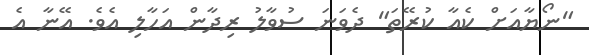
"ނޯޔާއަށް ކެއާ ކުރޭތަ" ދެވަނަ ސުވާލު ރިދާން އަހާލި އެވެ. އޭނާ އެ